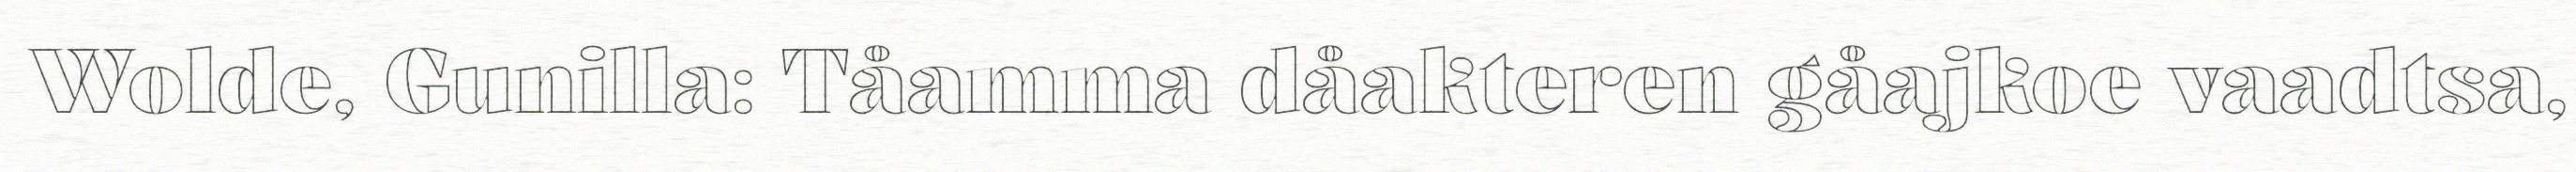
Wolde, Gunilla: Tåamma dåakteren gåajkoe vaadtsa,